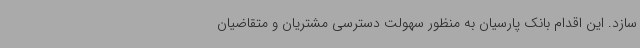
سازد. این اقدام بانک پارسیان به منظور سهولت دسترسی مشتریان و متقاضیان